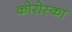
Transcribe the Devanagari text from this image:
कोरोस्का